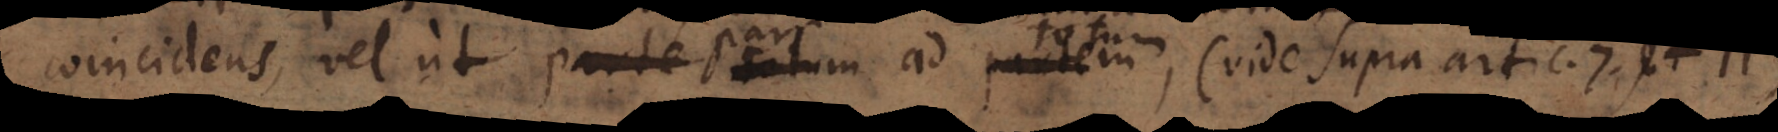
coincidens, vel ut pars ad totum, (vide supra artic. 7 et